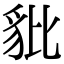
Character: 豼